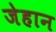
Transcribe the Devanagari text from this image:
जेहान